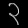
Digit: ၃